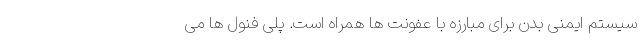
سیستم ایمنی بدن برای مبارزه با عفونت ها همراه است. پلی فنول ها می